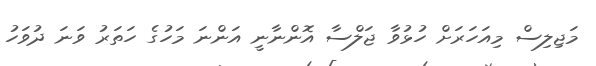
މަޖިލިސް މިއަހަރަށް ހުޅުވާ ޖަލްސާ އޮންނާނީ އަންނަ މަހުގެ ހަތަރު ވަނަ ދުވަހު